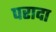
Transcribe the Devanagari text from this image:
परादा